Civil Veterinary Department Bihar reports 1940-50 - 1940-1950
Year: 1940
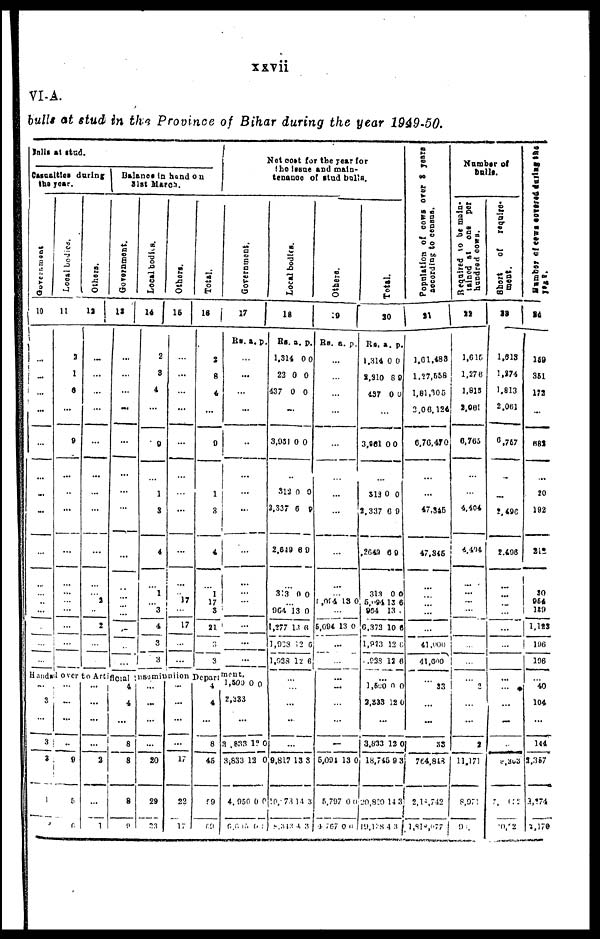
VI-A.
bulls at stud in the Province of Bihar during the year 1949-50.
bulls at stud.
Casualties during
the year.
Government
10
Local bodies.
11
Others.
12
Balance in hand on
31st March.
Government.
13
...
...
...
...
...
...
...
...
...
...
...
...
..
...
Handed over to Artificial insaminntion Department.
...
3
3
3
1
...
2
1
6
...
9
...
...
...
...
...
...
...
...
...
...
...
...
9
5
6
...
...
...
...
...
...
...
...
...
2
...
2
...
...
...
...
...
...
2
...
1
...
...
...
...
...
...
...
...
...
...
...
...
...
...
4
4
8
8
8
9
Local bodies.
14
Others.
15
Total.
16
Net cost for the year for
the insue and main-
tenance of stud bulls.
Government.
17
Rs.a. p.
2
8
4
...
9
1
3
4
1
3
4
3
3
...
...
20
29
23
...
...
...
...
...
...
...
...
...
17
...
17
...
...
...
...
17
22
17
2
8
4
...
9
1
3
4
1
17
3
21
3
3
4
4
8
45
59
59
...
...
...
...
...
...
...
...
...
1
...
...
...
...
1,500 0 0
2,333
3 ,833 12 0
3,833 12 0
4, 950 0 0
6,615 0 0
Local bodies.
18
Rs. a. p.
1.314 0 0
23 0 0
437 0 0
...
3,031 0 0
312 0 0
2,337 6 8
2,619 8 0
313 0 0
... 964 13 0
1,277 13 6
1,923 12 6
1,938 12 6
...
...
...
...
9,817 13 8
40, 73 14 3
8,312 0 0
Others.
19
Rs. a. p.
...
...
...
...
...
...
...
...
...
...
1,084 13 0
...
5,094 13 0
...
...
...
...
...
...
5,094 13 0
5,797 0 0
4,767 0 0
Total.
30
Rs. a. p.
1,314 0 0
2,310 8 9
437 0 0
...
3,861 0 0
313 0 0
2,337 0 0
2G43 0 9
313 0 0
5,094 13 6
964 13
0,373 10 8
1,823 12 0
.233 12 6
...
1,500 0 0
3,333 22 0
3,833 12 0
18,745 9 3
20,820 14 3
19,128 4 3
Population
of cows over 3 years
according to
census.
21
1,61,488
1,27,558
1,81,305
2,0 6,124
6,76,470
...
47,345
47,345
...
...
...
...
...
41 ,000
41,000
...
33
...
33
764,843
2,18,742
1,818,977
Number of
bulls.
R equired to be main-
tained
at
one
per
hundred cows.
22
1,615
1,276
1,815
2,061
0,705
...
4,404
4,404
...
...
...
...
...
...
...
...
2
...
2
11.171
8,977
9,1
Short of
require-
ment.
23
1,613
1,874
1.813
2,061
6,757
...
2,490
2.408
...
...
...
...
...
...
...
...
...
...
...
2,363
2,612
20,222
Number of
cows
covered during the
24
159
361
172
...
682
20
192
212
30
964
129
1,123
196
106
...
40
104
144
2,357
2,274
2,170